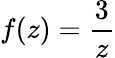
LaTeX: f(z)={\frac{3}{z}}